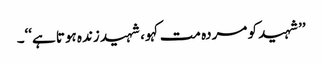
’’شہید کو مردہ مت کہو، شہید زندہ ہوتا ہے‘‘۔